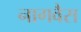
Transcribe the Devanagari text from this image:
नागवैस